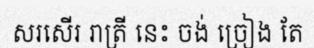
សរសើរ រាត្រី នេះ ចង់ ច្រៀង តែ